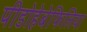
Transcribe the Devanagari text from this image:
पीडोहेबेफिलिया